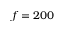
f = 2 0 0